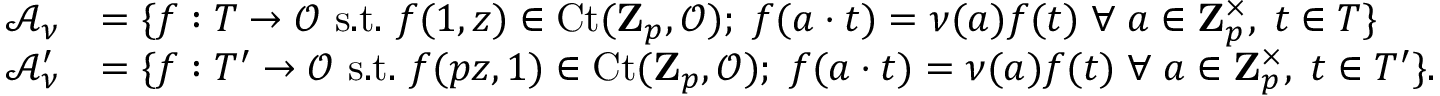
\begin{array} { r l } { \mathcal { A } _ { \nu } } & { = \{ f : T \rightarrow \mathcal { O } \mathrm { ~ s . t . ~ } f ( 1 , z ) \in \mathrm { C t } ( \mathbf { Z } _ { p } , \mathcal { O } ) ; \; f ( a \cdot t ) = \nu ( a ) f ( t ) \; \forall \; a \in \mathbf { Z } _ { p } ^ { \times } , \; t \in T \} } \\ { \mathcal { A } _ { \nu } ^ { \prime } } & { = \{ f : T ^ { \prime } \rightarrow \mathcal { O } \mathrm { ~ s . t . ~ } f ( p z , 1 ) \in \mathrm { C t } ( \mathbf { Z } _ { p } , \mathcal { O } ) ; \; f ( a \cdot t ) = \nu ( a ) f ( t ) \; \forall \; a \in \mathbf { Z } _ { p } ^ { \times } , \; t \in T ^ { \prime } \} . } \end{array}